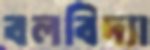
বলবিদ্যা